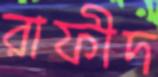
রাফীদ